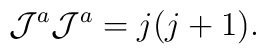
{\cal J}^{a}{\cal J}^{a}=j(j+1).